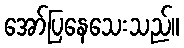
အော်ပြနေသေးသည်။